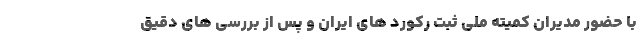
با حضور مدیران کمیته ملی ثبت رکورد های ایران و پس از بررسی های دقیق